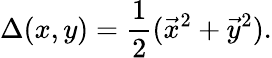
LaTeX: \Delta(x,y)={\frac{1}{2}}(\vec{x}^{2}+\vec{y}^{2}).